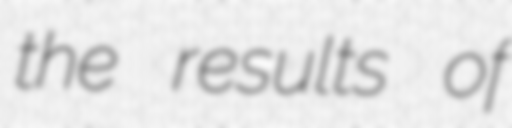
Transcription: the results of